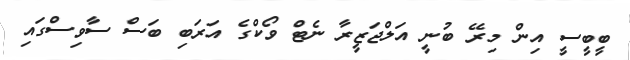
ބީބީސީ އިން މިރޭ ބުނީ އަލްޖަޒީރާ ނެޓް ވޯކްގެ އަރަބި ބަސް ސާވިސްގައި